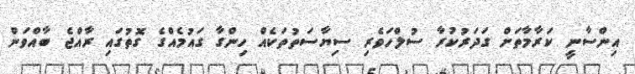
އިންސާނީ ކަރާމާތަށް ގަދަރުކުރާ ސުލްހަވެރި ސިޔާސަތުތަކެއް ހިންގާ ގައުމެއްގެ ގޮތުގައި ރާއްޖެ ބާއްވަން